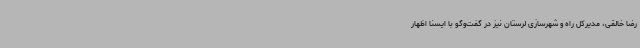
رضا خالقی، مدیرکل راه و شهرسازی لرستان نیز در گفت‌وگو با ایسنا اظهار